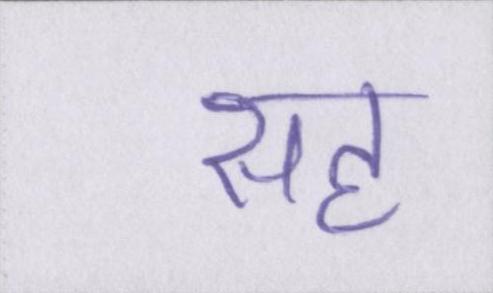
सह